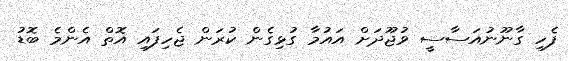
ފެހި ގާނޫނުއަސާސީ ވުޖޫދަށް އައުމާ ގުޅިގެން ކުރަން ޖެހިފައި އޮތް އެންމެ ބޮޑު